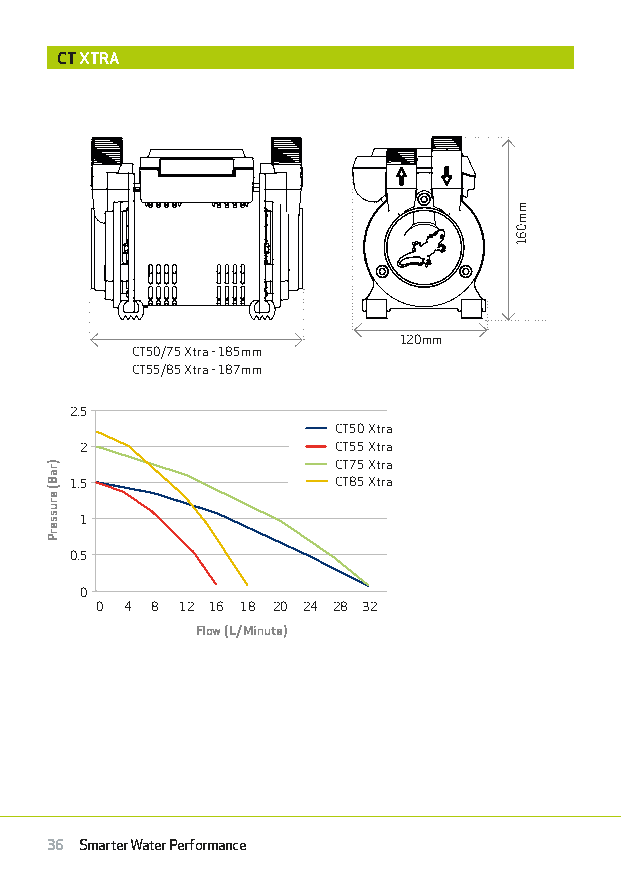
CT XTRA
 120mm
 CT50/75 Xtra - 185mm
 CT55/85 Xtra - 187mm
 2.5
 CT50 Xtra
 2                CT55 Xtra
 CT75 Xtra
 1.5              CT85 Xtra
 1
 0.5
 0
 0 4 8 12 16 18 20 24 28 32
 Flow (L/Minute)
 36 Smarter Water Performance
 )raB(
 erusserP
 mm061